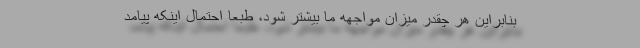
بنابراین هر چقدر میزان مواجهه ما بیشتر شود، طبعاً احتمال اینکه پیامد